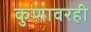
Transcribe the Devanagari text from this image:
कुणावरही